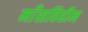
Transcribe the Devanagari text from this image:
माँसविहीन